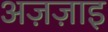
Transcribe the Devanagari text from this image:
अज़ज़ाइ